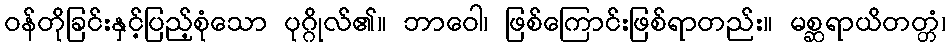
ဝန်တိုခြင်းနှင့်ပြည့်စုံသော ပုဂ္ဂိုလ်၏။ ဘာဝေါ၊ ဖြစ်ကြောင်းဖြစ်ရာတည်း။ မစ္ဆရာယိတတ္တံ၊